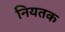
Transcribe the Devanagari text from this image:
नियतक